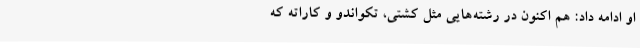
او ادامه داد: هم اکنون در رشته‌هایی مثل کشتی، تکواندو و کاراته که